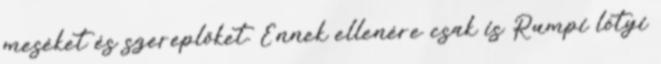
meséket és szereplőket. Ennek ellenére csak is Rumpi lötyi